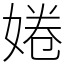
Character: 婘